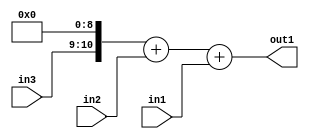
`timescale 1ps / 1ps
/*****************************************************************************
    Verilog RTL Description
    
    
    Created by: Stratus DpOpt 2019.1.01 
*******************************************************************************/

module SobelFilter_Add3u9u2Cati0u2_4 (
	in3,
	in2,
	in1,
	out1
	); /* architecture "behavioural" */ 
input [1:0] in3,
	in2;
input [8:0] in1;
output [11:0] out1;
wire [11:0] asc001;
wire [10:0] asc002;

assign asc002 = {in3,9'B000000000};

wire [11:0] asc001_tmp_0;
assign asc001_tmp_0 = 
	+(asc002)
	+(in2);
assign asc001 = asc001_tmp_0
	+(in1);

assign out1 = asc001;
endmodule

/* CADENCE  uLT0SAk= : u9/ySgnWtBlWxVPRXgAZ4Og= ** DO NOT EDIT THIS LINE ******/